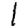
Digit: 1